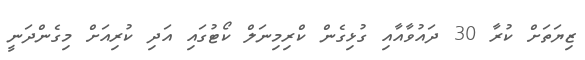
ޒިޔަތަށް ކުރާ 30 ދައުވާއާއި ގުޅިގެން ކްރިމިނަލް ކޯޓުގައި އަދި ކުރިއަށް މިގެންދަނީ